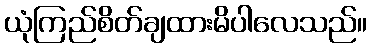
ယုံကြည်စိတ်ချထားမိပါလေသည်။